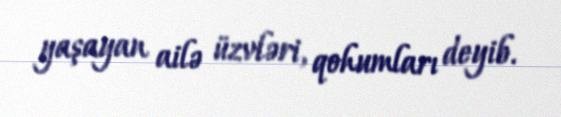
yaşayan ailə üzvləri, qohumları deyib.